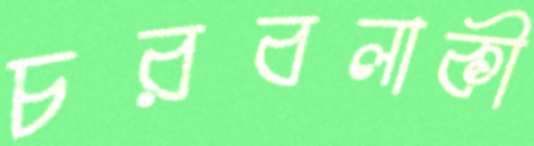
চরবলাকী